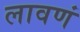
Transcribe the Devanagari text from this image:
लावणं